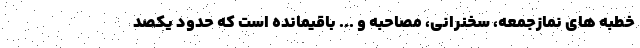
خطبه های نمازجمعه، سخنرانی، مصاحبه و ... باقیمانده است که حدود یکصد